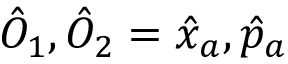
\hat { O } _ { 1 } , \hat { O } _ { 2 } = \hat { x } _ { a } , \hat { p } _ { a }